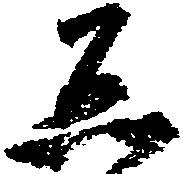
ゑ